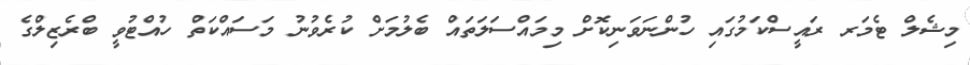
މިޝެލް ޓެމަރ ރައީސްކަމުގައި ހުންނަވަނިކޮށް މިމައްސަލަތައް ބެލުމަށް ކުރެވުނު މަސައްކަތް ހުއްޓުވީ ބްރެޒިލްގެ